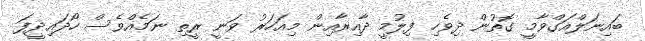
ބައިނަލްއަގްވާމީ ގޮތުން ދިވެހި ފިލުމީ ދާއިރާއިން މިއަހަރު ވަނީ ރީތި ނަމެއްވެސް ހޯދައިދީފަ